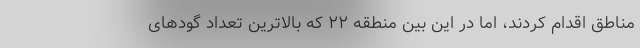
مناطق اقدام کردند، اما در این بین منطقه ۲۲ که بالاترین تعداد گودهای